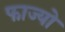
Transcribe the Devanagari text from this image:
फाज्यो